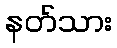
နတ်သား